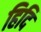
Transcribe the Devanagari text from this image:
हिदि